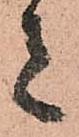
者